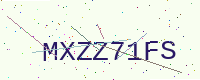
Text: MXZZ71FS